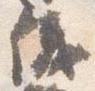
儀